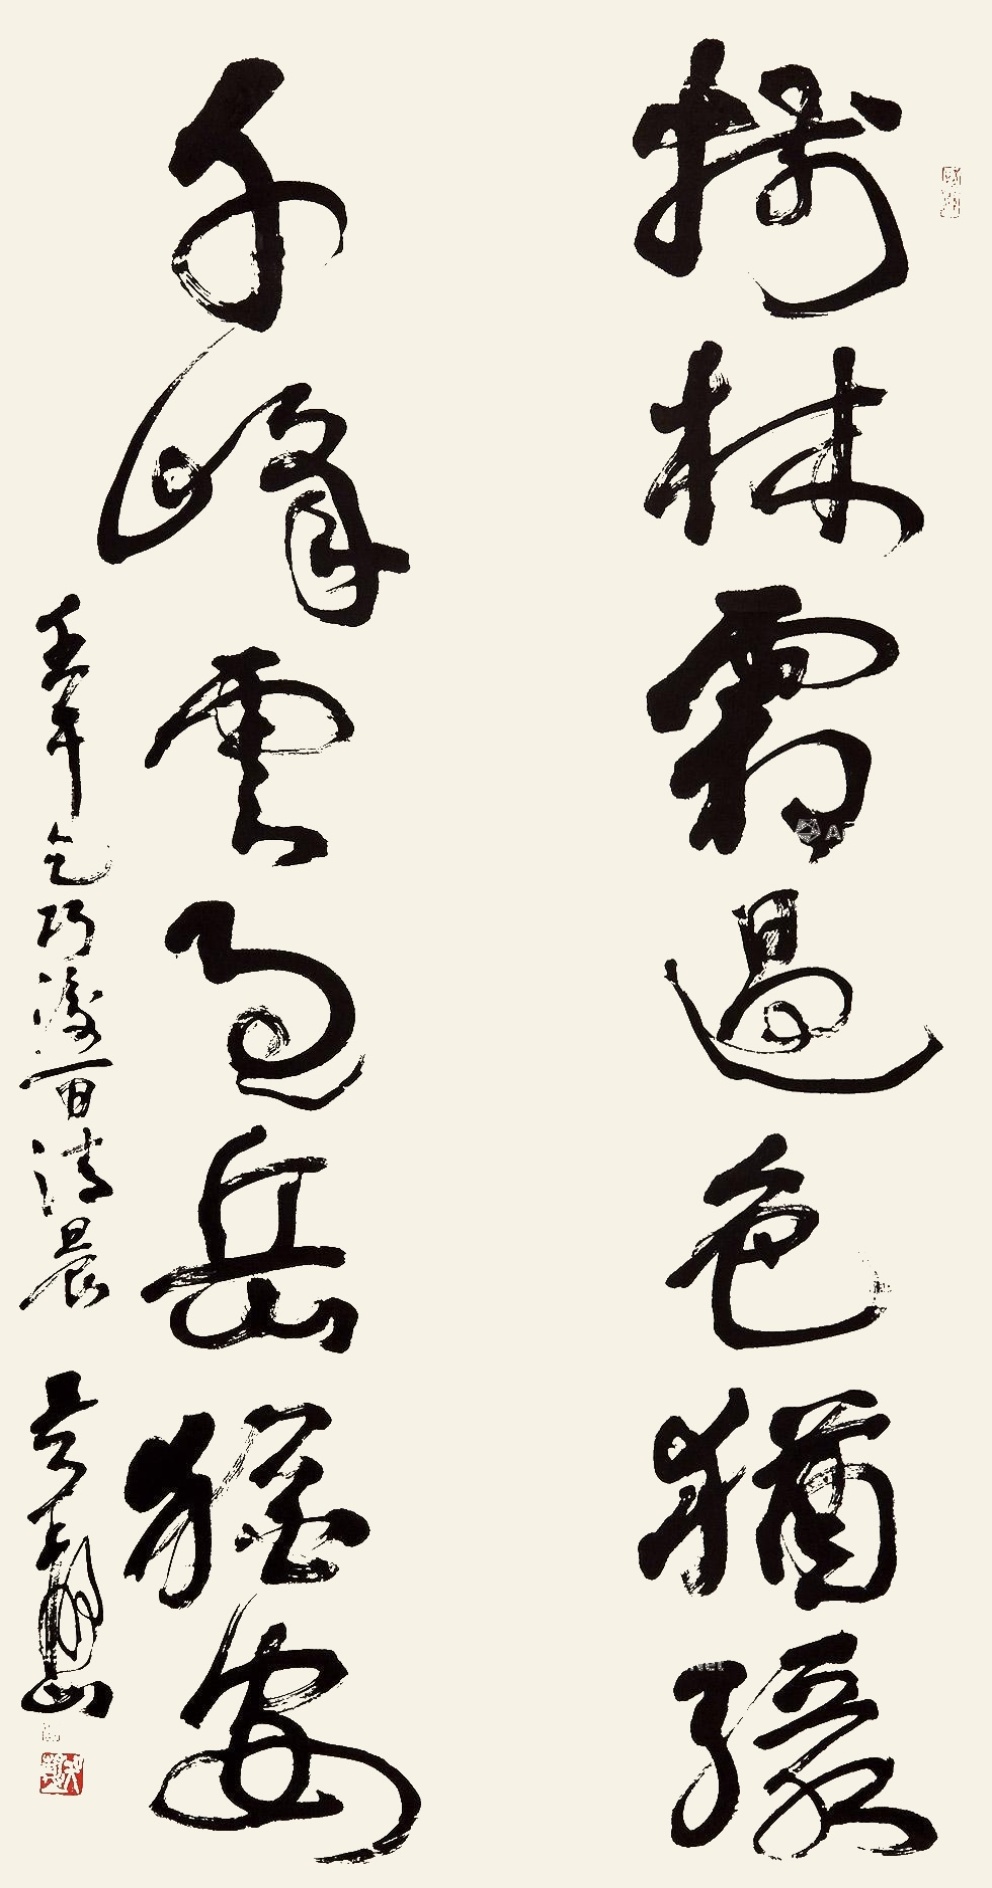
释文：树林霜过色犹绿，千峰云过岳犹安。壬午乞巧后一日清晨，吴静山。